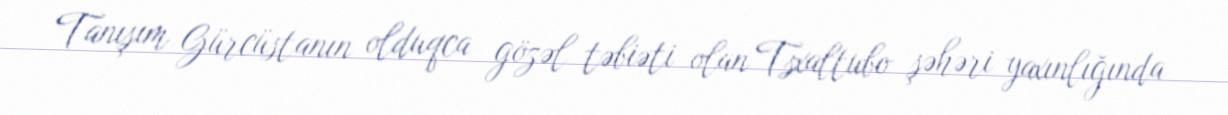
Tanışım Gürcüstanın olduqca gözəl təbiəti olan Tsxaltubo şəhəri yaxınlığında